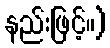
နည်းဖြင့်။)